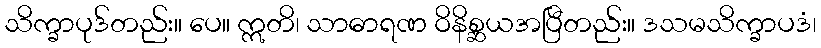
သိက္ခာပုဒ်တည်း။ ပေ။ ဣတိ၊ သာဓာရဏ ဝိနိစ္ဆယအပြီတည်း။ ဒသမသိက္ခာပဒံ၊